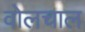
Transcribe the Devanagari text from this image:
वोलचाल